Note on the mental hospitals in Burma - 1925-1940
Year: 1925
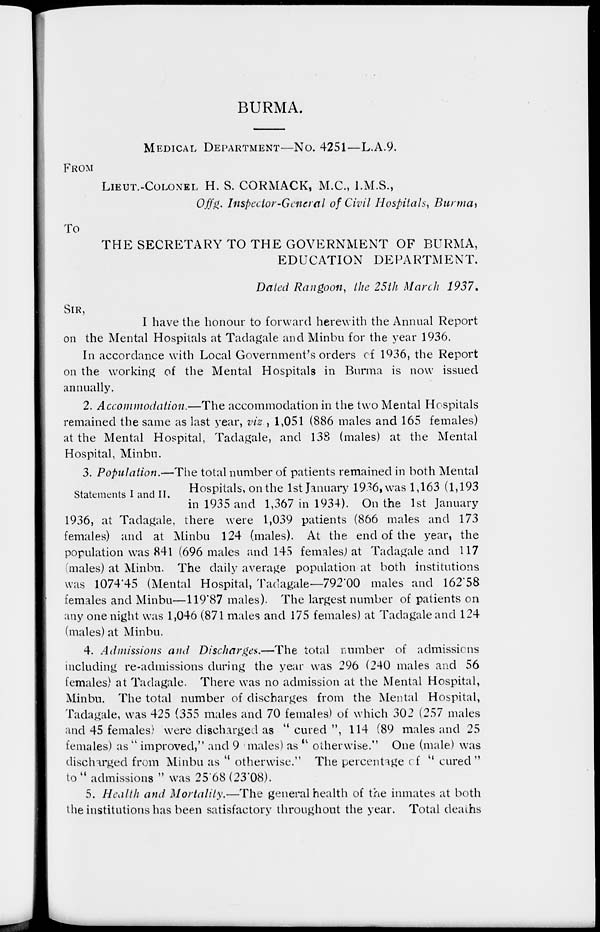
BURMA.
MEDICAL DEPARTMENT—No. 4251—L.A.9.
FROM
LIEUT.-COLONEL H. S. CORMACK, M.C., I.M.S.,
Offg. Inspector-General of Civil Hospitals, Burma,
To
THE SECRETARY TO THE GOVERNMENT OF BURMA,
EDUCATION DEPARTMENT.
Dated Rangoon, the 25th March 1937.
SIR,
I have the honour to forward herewith the Annual Report
on the Mental Hospitals at Tadagale and Minbu for the year 1936.
In accordance with Local Government's orders of 1936, the Report
on the working of the Mental Hospitals in Burma is now issued
annually.
2. Accommodation.—The accommodation in the two Mental Hospitals
remained the same as last year, viz., 1,051 (886 males and 165 females)
at the Mental Hospital, Tadagale, and 138 (males) at the Mental
Hospital, Minbu.
Statements I and II.
3. Population.—The total number of patients remained in both Mental
Hospitals, on the 1st January 1936, was 1,163 (1,193
in 1935 and 1,367 in 1934). On the 1st January
1936, at Tadagale, there were 1,039 patients (866 males and 173
females) and at Minbu 124 (males). At the end of the year, the
population was 841 (696 males and 145 females) at Tadagale and 117
(males) at Minbu. The daily average population at both institutions
was 1074.45 (Mental Hospital, Tadagale—792.00 males and 162.58
females and Minbu—119.87 males). The largest number of patients on
any one night was 1,046 (871 males and 175 females) at Tadagale and 124
(males) at Minbu.
4. Admissions and Discharges.—The total number of admissions
including re-admissions during the year was 296 (240 males and 56
females) at Tadagale. There was no admission at the Mental Hospital,
Minbu. The total number of discharges from the Mental Hospital,
Tadagale, was 425 (355 males and 70 females) of which 302 (257 males
and 45 females) were discharged as "cured", 114 (89 males and 25
females) as " improved," and 9 males) as " otherwise." One (male) was
discharged from Minbu as " otherwise." The percentage of " cured "
to " admissions " was 25.68 (23.08).
5. Health and Mortality.—The general health of the inmates at both
the institutions has been satisfactory throughout the year. Total deaths